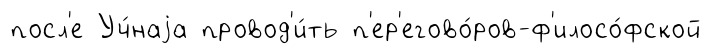
посл'е Уч́наjа провод'и́ть п'ер'егово́ров-ф'илосо́фской